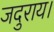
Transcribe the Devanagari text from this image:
जदुराय।